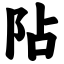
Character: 阽